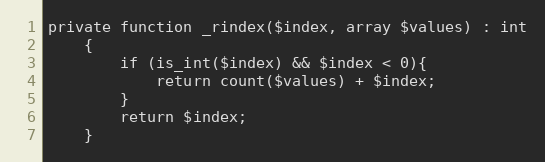
Language: PHP
private function _rindex($index, array $values) : int
    {
        if (is_int($index) && $index < 0){
            return count($values) + $index;
        }
        return $index;
    }